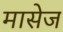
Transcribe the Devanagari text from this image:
मासेज